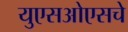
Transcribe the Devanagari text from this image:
युएसओएसचे